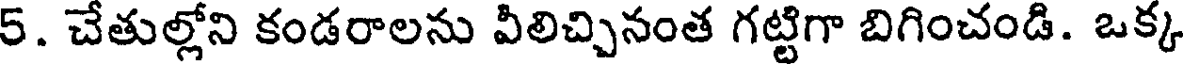
5. చేతుల్లోని కండరాలను వీలిచ్చినంత గట్టిగా బిగించండి. ఒక్క